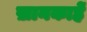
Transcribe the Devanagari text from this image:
ख़ानकाहें